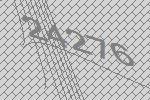
24276